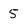
Character: 5